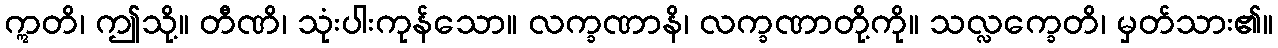
ဣတိ၊ ဤသို့။ တီဏိ၊ သုံးပါးကုန်သော။ လက္ခဏာနိ၊ လက္ခဏာတို့ကို။ သလ္လက္ခေတိ၊ မှတ်သား၏။